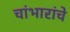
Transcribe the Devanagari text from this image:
चांभारांचे